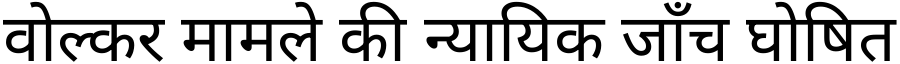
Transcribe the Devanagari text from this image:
वोल्कर मामले की न्यायिक जाँच घोषित